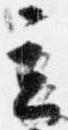
立